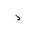
Letter: _thal